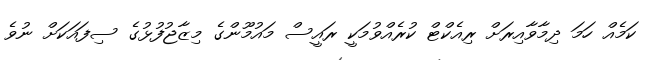
ކަމެއް ހަމަ ދިމާވާއިރަށް ރިއެކްޓް ކުރެއްވުމަކީ ރައީސް މައުމޫންގެ މިޒާޖުފުޅުގެ ސިފައަކަށް ނުވެ